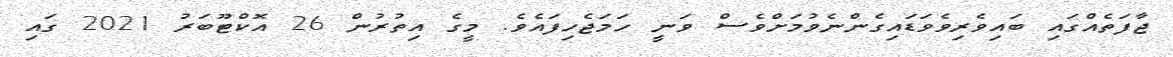
ޖާފަތެއްގައި ބައިވެރިވެވަޑައިގެންނެވުމަށްވެސް ވަނީ ހަމަޖެހިފައެވެ. މީގެ އިތުރުން 26 އޮކްޓޫބަރު 2021 ގައި